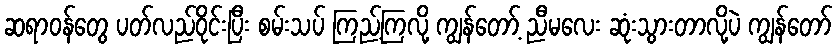
ဆရာဝန်တွေ ပတ်လည်ဝိုင်းပြီး စမ်းသပ် ကြည့်ကြလို့ ကျွန်တော့် ညီမလေး ဆုံးသွားတာလို့ပဲ ကျွန်တော်